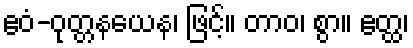
ဧဝံ-ဝုတ္တနယေန၊ ဖြင့်။ တာဝ၊ စွာ။ ဧတ္ထ၊